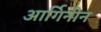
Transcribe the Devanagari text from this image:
आर्गिनीन